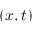
( x , t )